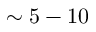
\sim 5 - 1 0